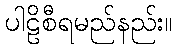
ပါဠိစီရမည်နည်း။